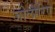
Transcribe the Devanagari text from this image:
जोलारिए